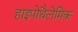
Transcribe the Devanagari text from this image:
हाइपोथैलेमिक